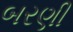
બરણી